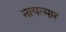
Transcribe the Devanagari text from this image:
नायत्मार